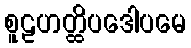
စူဠဟတ္ထိပဒေါပမေ